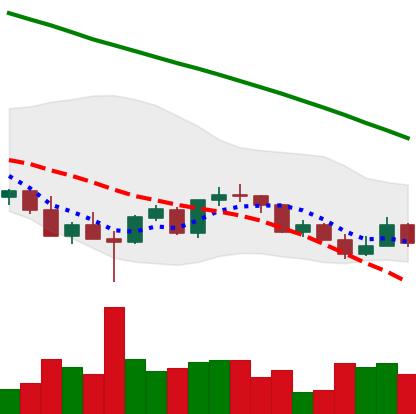
Ticker: LINK-USD
Chart end date: 2022-03-10
Forward return: 3.93%
Label: up_3_5